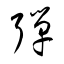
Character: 弾